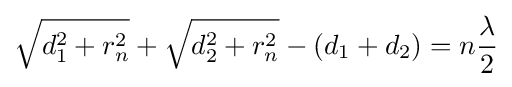
{\sqrt {d_{1}^{2}+r_{n}^{2}}}+{\sqrt {d_{2}^{2}+r_{n}^{2}}}-(d_{1}+d_{2})=n{\frac {\lambda }{2}}